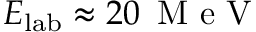
E _ { \mathrm { l a b } } \approx 2 0 \, \mathrm { ~ M ~ e ~ V ~ }